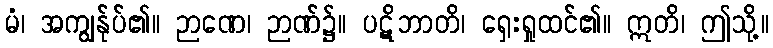
မံ၊ အကျွန်ုပ်၏။ ဉာဏေ၊ ဉာဏ်၌။ ပဋိဘာတိ၊ ရှေးရှုထင်၏။ ဣတိ၊ ဤသို့။